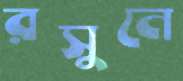
রসুনে